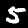
Label: 5